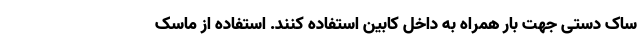
ساک دستی جهت بار همراه به داخل کابین استفاده کنند. استفاده از ماسک